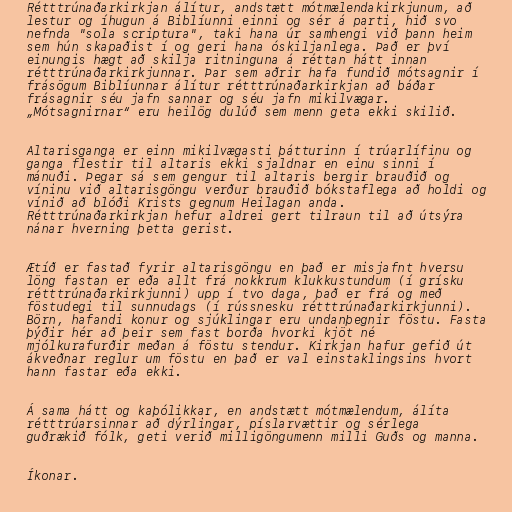
Rétttrúnaðarkirkjan álítur, andstætt mótmælendakirkjunum, að
lestur og íhugun á Biblíunni einni og sér á parti, hið svo
nefnda "sola scriptura", taki hana úr samhengi við þann heim
sem hún skapaðist í og geri hana óskiljanlega. Það er því
einungis hægt að skilja ritninguna á réttan hátt innan
rétttrúnaðarkirkjunnar. Þar sem aðrir hafa fundið mótsagnir í
frásögum Biblíunnar álítur rétttrúnaðarkirkjan að báðar
frásagnir séu jafn sannar og séu jafn mikilvægar.
„Mótsagnirnar“ eru heilög dulúð sem menn geta ekki skilið.

Altarisganga er einn mikilvægasti þátturinn í trúarlífinu og
ganga flestir til altaris ekki sjaldnar en einu sinni í
mánuði. Þegar sá sem gengur til altaris bergir brauðið og
víninu við altarisgöngu verður brauðið bókstaflega að holdi og
vínið að blóði Krists gegnum Heilagan anda.
Rétttrúnaðarkirkjan hefur aldrei gert tilraun til að útsýra
nánar hverning þetta gerist.

Ætíð er fastað fyrir altarisgöngu en það er misjafnt hversu
löng fastan er eða allt frá nokkrum klukkustundum (í grísku
rétttrúnaðarkirkjunni) upp í tvo daga, það er frá og með
föstudegi til sunnudags (í rússnesku rétttrúnaðarkirkjunni).
Börn, hafandi konur og sjúklingar eru undanþegnir föstu. Fasta
þýðir hér að þeir sem fast borða hvorki kjöt né
mjólkurafurðir meðan á föstu stendur. Kirkjan hafur gefið út
ákveðnar reglur um föstu en það er val einstaklingsins hvort
hann fastar eða ekki.

Á sama hátt og kaþólikkar, en andstætt mótmælendum, álíta
rétttrúarsinnar að dýrlingar, píslarvættir og sérlega
guðrækið fólk, geti verið milligöngumenn milli Guðs og manna.

Íkonar.